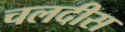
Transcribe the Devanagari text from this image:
चलदीस